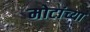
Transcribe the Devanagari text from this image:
मोटांच्या